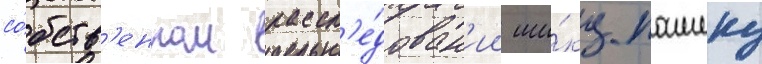
со́бств'енном рассл'е́дован'ии ши́ку пашеку